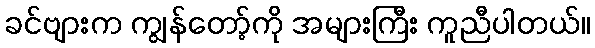
ခင်ဗျားက ကျွန်တော့်ကို အများကြီး ကူညီပါတယ်။